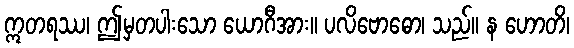
ဣတရဿ၊ ဤမှတပါးသော ယောဂီအား။ ပလိဗောဓော၊ သည်။ န ဟောတိ၊